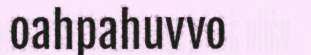
oahpahuvvo